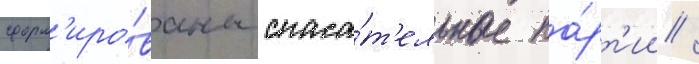
сформ'иро́ваны спаса́т'ельные па́рт'ии /